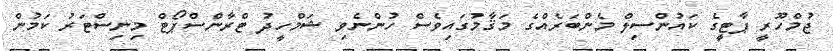
ޖުމްހޫރީ ޕާޓީގެ ކައުންސިލް މެންބަރެއްގެ މަޤާމުގައިވެސް ހުންނެވި ޝަމްހީދު ޓްރާންސްޕޯޓް މިނިސްޓަރު ކަމުން